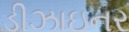
ડીઝાઇનર